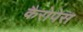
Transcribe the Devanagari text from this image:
कैरोपेस